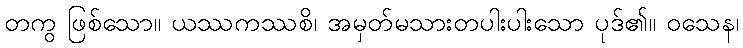
တကွ ဖြစ်သော။ ယဿကဿစိ၊ အမှတ်မသားတပါးပါးသော ပုဒ်၏။ ဝသေန၊